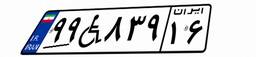
۹۰W۴۸۹۴۶